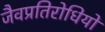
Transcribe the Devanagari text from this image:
जैवप्रतिरोधियों